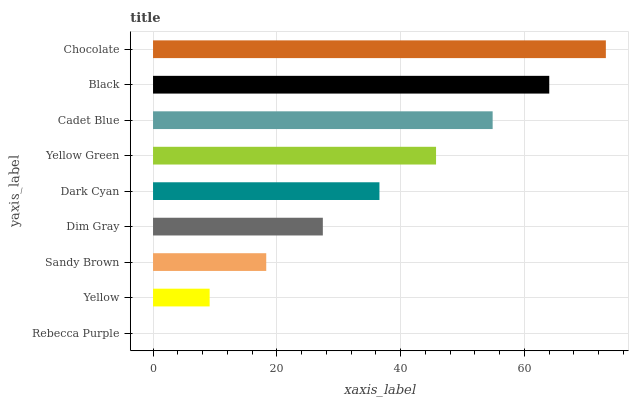
| yaxis_label | bars |
 | --- | --- |
 | Rebecca Purple | 0 |
 | Yellow | 9.15 |
 | Sandy Brown | 18.3 |
 | Dim Gray | 27.4 |
 | Dark Cyan | 36.6 |
 | Yellow Green | 45.7 |
 | Cadet Blue | 54.9 |
 | Black | 64 |
 | Chocolate | 73.2 |